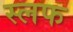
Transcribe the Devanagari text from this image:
स्लफ